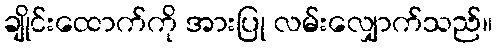
ချိုင်းထောက်ကို အားပြု လမ်းလျှောက်သည်။